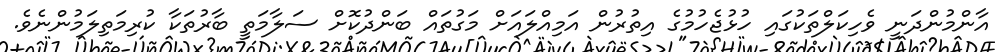
އާންމުންދަނީ ވެހިކަލްތަކުގައި ހުޅުޖެހުމުގެ އިތުރުން އަމިއްލައަށް މަގުތައް ބަންދުކޮށް ސަލާމަތީ ބާރުތަކާ ކުރިމަތިލަމުންނެވެ.